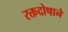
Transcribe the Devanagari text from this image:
रक्तदोषाने